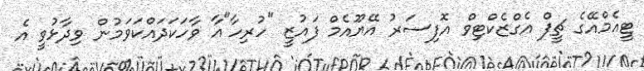
ޓީއެމްއޭގެ ޗީފް އެގްޒެކްޓިވް އޮފިސަރު އޭޔޫއެމް ފައުޒީ "ހުރިހާ"އާ ވާހަކަދައްކަވަމުން ވިދާޅުވީ އެ